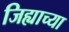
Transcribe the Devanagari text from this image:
जिह्याच्‍या